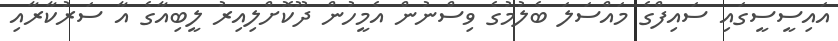
އައިސީސީގައި ސައިފްގެ މައްސަލަ ބެލުމުގެ ވިސްނުން އެމީހުން ދޫކޮށްލިއިރު ލީބިއާގެ އާ ސަރުކާރާއި